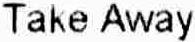
TAKE AWAY